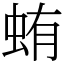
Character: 蛕